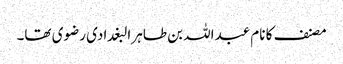
مصنف کا نام عبداللہ بن طاہر البغدادی رضوی تھا۔